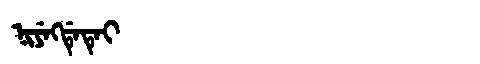
Manchu: ᠨᡳᠶᡝᡴᡩᡝᡨᡝᡳ
Romanization: NIYEKDETEI